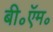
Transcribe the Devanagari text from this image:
बी॰ऍम॰